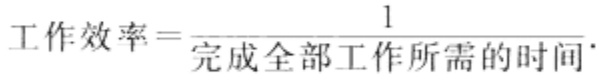
\(工作效率=\frac{1}{完成全部工作所需的时间}\)